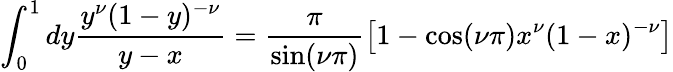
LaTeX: \int_{0}^{1}dy\frac{y^{\nu}(1-y)^{-\nu}}{y-x}=\frac{\pi}{\sin(\nu\pi)}\left[1-\cos(\nu\pi)x^{\nu}(1-x)^{-\nu}\right]